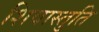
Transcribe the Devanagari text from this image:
शिवास्तुति